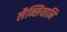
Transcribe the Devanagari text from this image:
लैन्सियानि